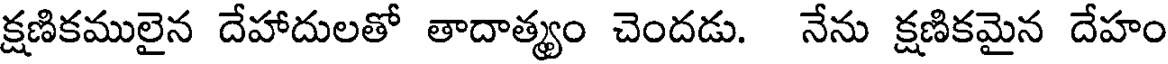
క్షణికములైన దేహాదులతో తాదాత్యం చెందడు. నేను క్షణికమైన దేహం